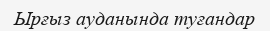
Ырғыз ауданында туғандар